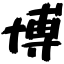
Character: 博